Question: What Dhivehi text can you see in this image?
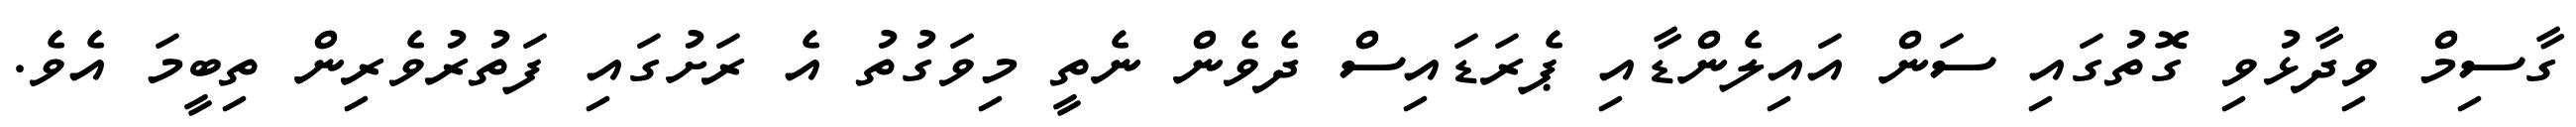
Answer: ގާސިމް ވިދާޅުވި ގޮތުގައި ސަން އައިލެންޑާއި ޕެރަޑައިސް ދެވެން ނެތީ މިވަގުތު އެ ރަށުގައި ފަތުރުވެރިން ތިބީމަ އެވެ.